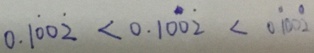
0 . 1 \dot { 0 } 0 \dot { 2 } < 0 . 1 0 \dot { 0 } \dot { 2 } < 0 . \dot { 1 } 0 0 \dot { 2 }